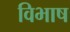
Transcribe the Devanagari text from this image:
विभाष